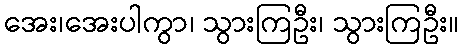
အေး၊အေးပါကွာ၊ သွားကြဦး၊ သွားကြဦး။